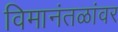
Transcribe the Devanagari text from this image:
विमानंतळांवर